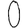
Digit: 0